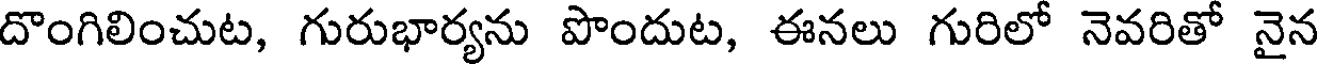
దొంగిలించుట, గురుభార్యను పొందుట, ఈనలు గురిలో నెవరితో నైన